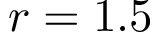
r = 1 . 5